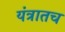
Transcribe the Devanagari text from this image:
यंत्रातच